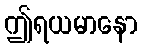
ဤရယမာနော